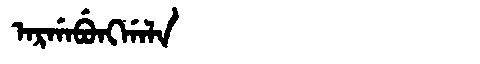
Manchu: ᠠᡵᡤᠠᠪᡠᠩᡤᠠᠯᠠ
Romanization: ARGABUNGGALA